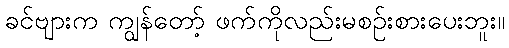
ခင်ဗျားက ကျွန်တော့် ဖက်ကိုလည်းမစဉ်းစားပေးဘူး။